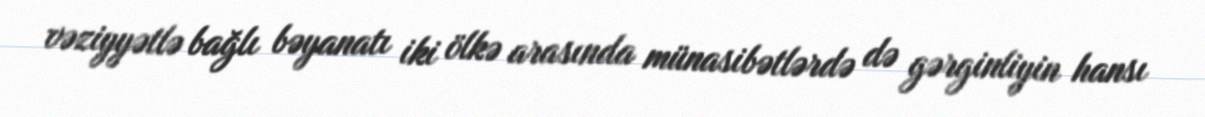
vəziyyətlə bağlı bəyanatı iki ölkə arasında münasibətlərdə də gərginliyin hansı